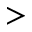
>